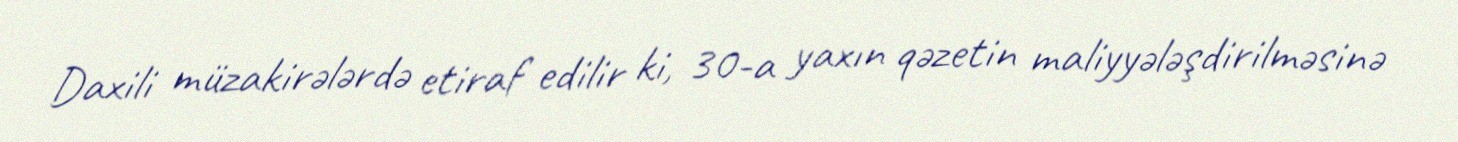
Daxili müzakirələrdə etiraf edilir ki, 30-a yaxın qəzetin maliyyələşdirilməsinə